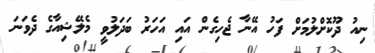
ނިއު ދޫކޮށްލުމަށް ފަހު އޭނާ ޖެހިގެން އައި އަހަރު ބަދަލުވީ މެލޭޝިއާގެ ދެވަނަ